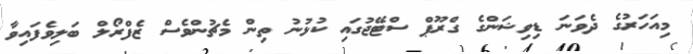
މިއަހަރުގެ ދެވަނަ ޑިވިޝަންގެ ގްރޫޕް ސްޓޭޖުގައި ކުޅުނު ތިން މެޗުންވެސް ޒެފްރޯލް ބަލިވެފައިވާ